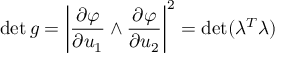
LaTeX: \operatorname* { d e t } g = \left| { \frac { \partial \varphi } { \partial u _ { 1 } } } \wedge { \frac { \partial \varphi } { \partial u _ { 2 } } } \right| ^ { 2 } = \operatorname* { d e t } ( \lambda ^ { T } \lambda )